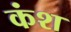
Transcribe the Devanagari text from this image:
कंश